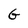
Character: G